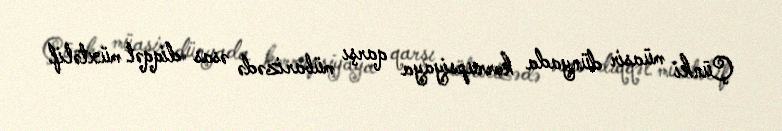
Çünki müasir dünyada korrupsiyaya qarşı mübarizədə əsas diqqət müxtəlif